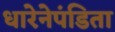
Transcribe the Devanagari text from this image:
धारेनेपंडिता